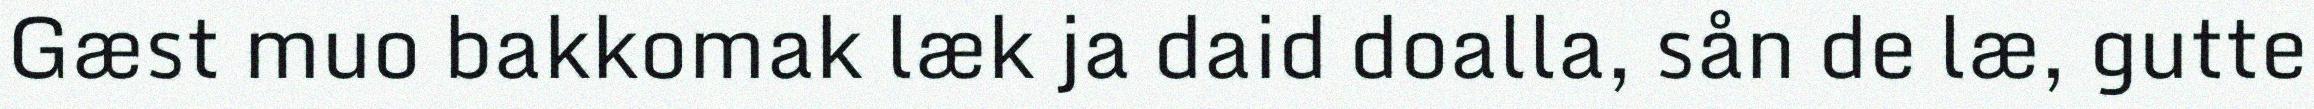
Gæst muo bakkomak læk ja daid doalla, sån de læ, gutte